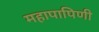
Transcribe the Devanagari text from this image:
महापापिणी